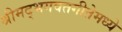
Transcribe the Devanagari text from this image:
श्रीमद्भगवतगीतेमध्ये